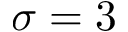
\sigma = 3